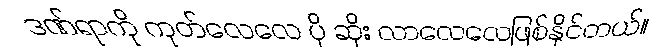
ဒဏ်ရာကို ကုတ်လေလေ ပို ဆိုး လာလေလေဖြစ်နိုင်တယ်။